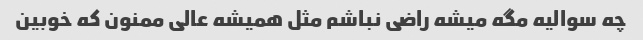
چه سوالیه مگه میشه راضی نباشم مثل همیشه عالی ممنون که خوبین